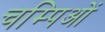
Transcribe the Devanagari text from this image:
चम्पिओं